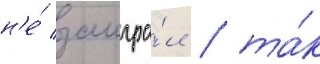
н'е́ заигра́л / та́к